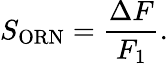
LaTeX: S_{\mathrm{ORN}}=\frac{\Delta F}{F_{1}}.